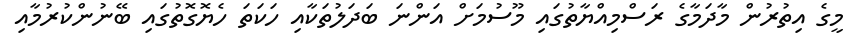
މީގެ އިތުރުން މާދަމާގެ ރަސްމިއްޔާތުގައި މޫސުމަށް އަންނަ ބަދަލުތަކާއި ހަކަތަ ހެޔޮގޮތުގައި ބޭނުންކުރުމާއި